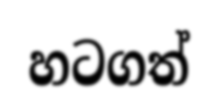
හටගත්